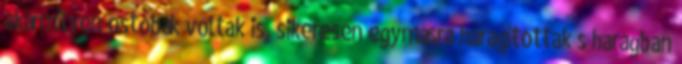
akármilyen ostobák voltak is, sikeresen egymásra haragítottak s haragban